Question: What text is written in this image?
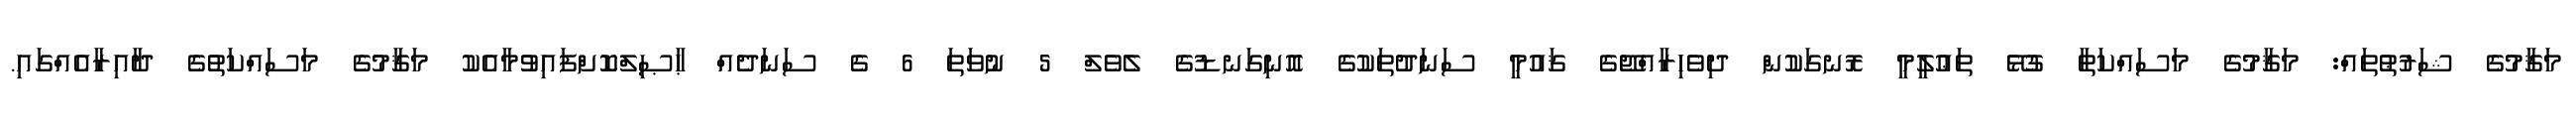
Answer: މަޤާމުގެ ޝަރުޠުތައް: މަޤާމުގެ މަސައްކަތާ ގުޅޭ ތަޢުލީމީ ރޮނގަކުން ދިވެހިރާއްޖޭގެ ޤައުމީ ސަނަދުތަކުގެ އޮނިގަނޑުގެ ލެވެލް 5 ނުވަތަ 6 ގެ ސަނަދެއް ޙާޞިލްކޮށްފައިވުމާއެކު މަޤާމުގެ މަސައްކަތުގެ ދާއިރާއެއްގައި.